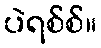
ပဲရစ်စ်။